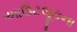
આઉટલૂકના